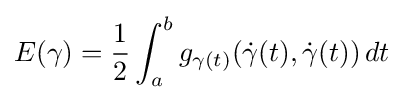
E(\gamma )={\frac {1}{2}}\int _{a}^{b}g_{\gamma (t)}({\dot {\gamma }}(t),{\dot {\gamma }}(t))\,dt